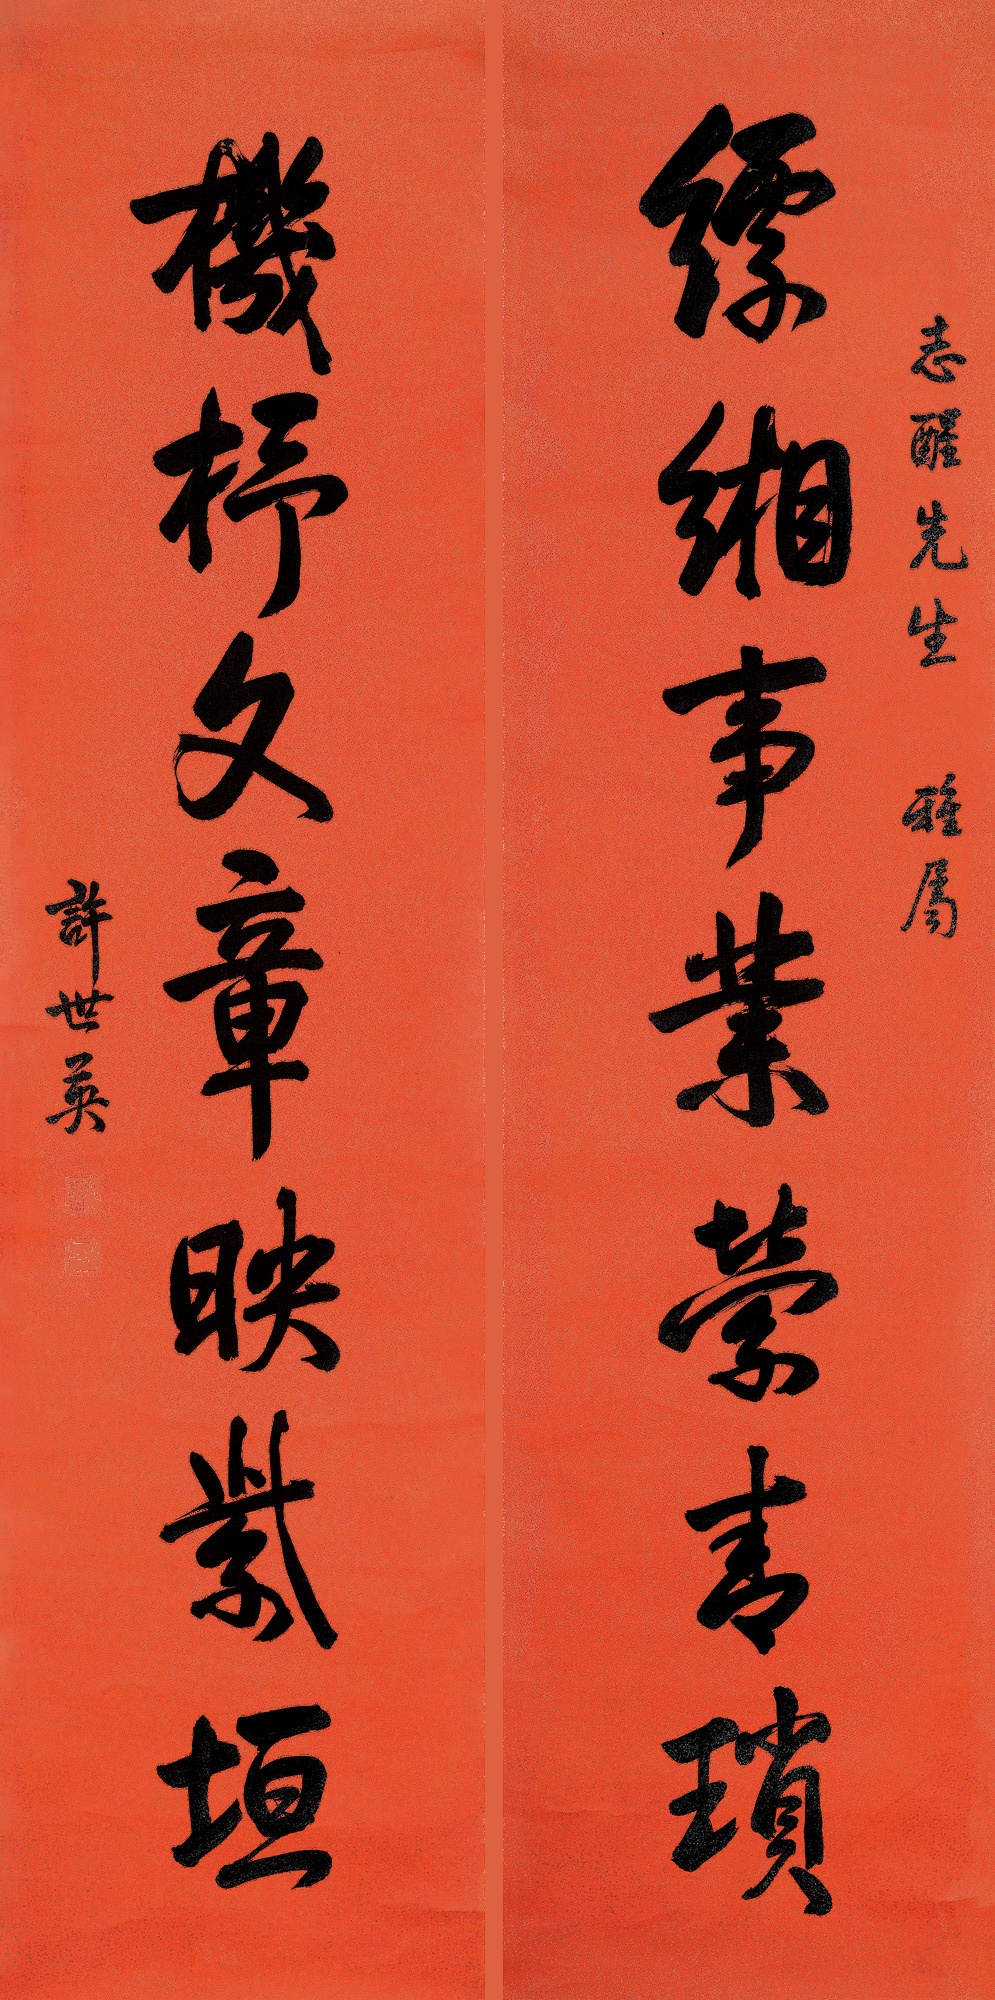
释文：缥缃事业萦青琐，机杼文章映紫垣志醒先生雅属，许世英。